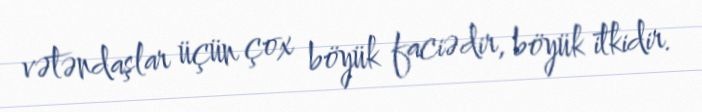
vətəndaşlar üçün çox böyük faciədir, böyük itkidir.